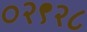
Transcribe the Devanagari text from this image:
०२९२८